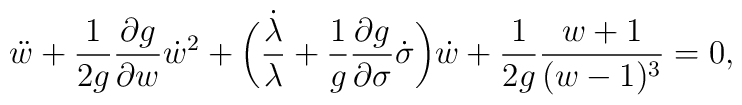
{\ddot w}+\frac{1}{2g}\frac{\partial g}{\partial w}{\dot w}^2+\biggl(\frac{\dot \lambda}{\lambda}+\frac{1}{g}\frac{\partial g}{\partial \sigma}\dot\sigma\biggr)\dot w+\frac{1}{2g}\frac{w+1}{(w-1)^3}=0,